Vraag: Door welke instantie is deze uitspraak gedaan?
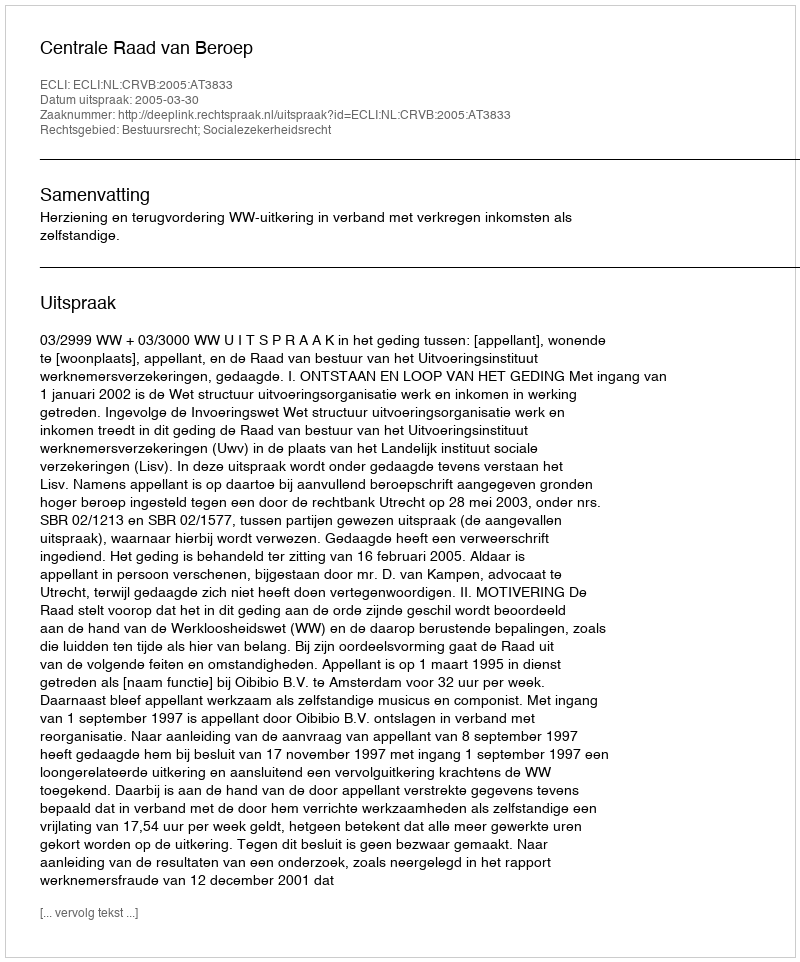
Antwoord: Centrale Raad van Beroep